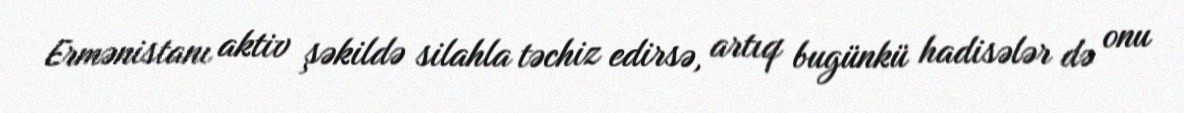
Ermənistanı aktiv şəkildə silahla təchiz edirsə, artıq bugünkü hadisələr də onu